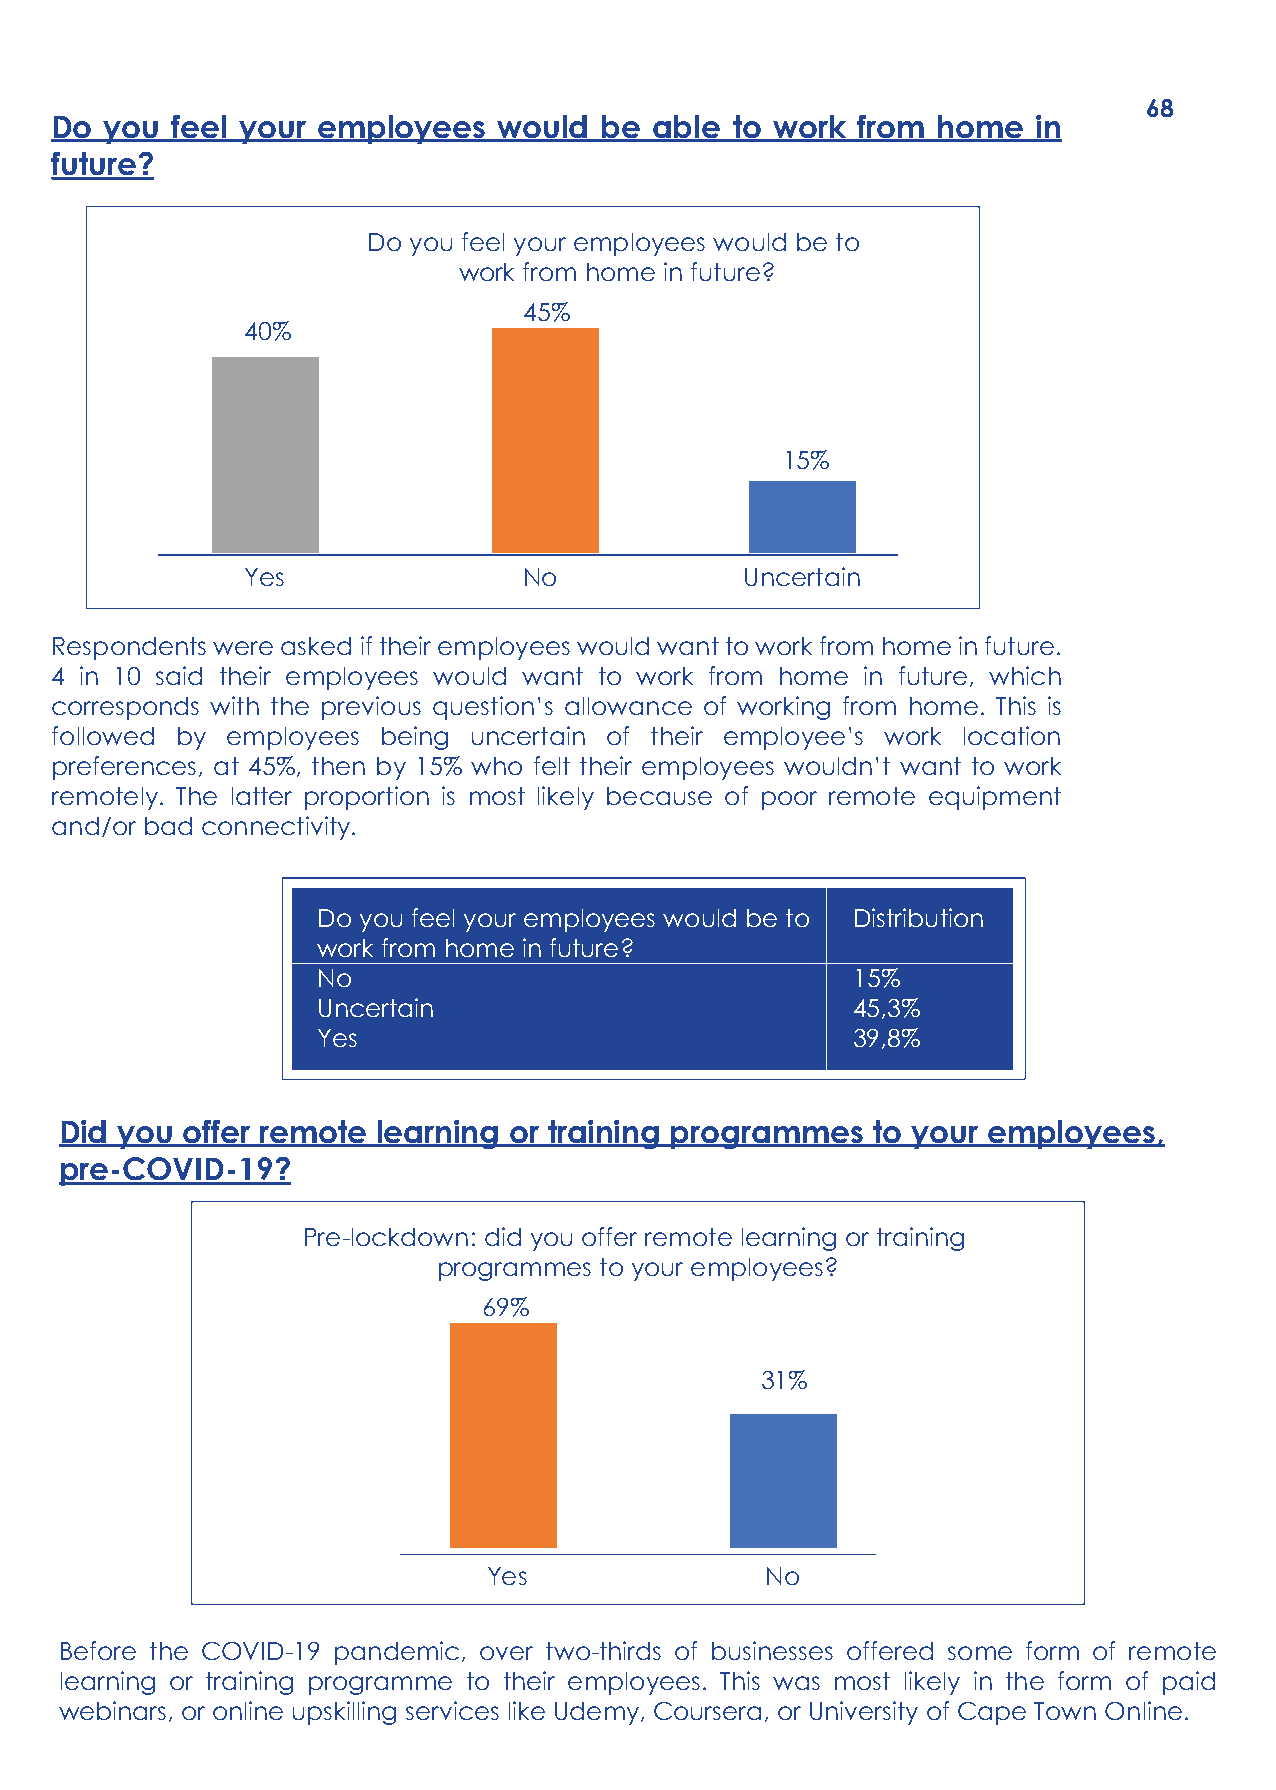
68
 Do  you feel your employees   would  be able to work  from home   in
 future?
 Do you feel your employees would be to
 work from home in future?
 45%
 40%
 15%
 Yes                No            Uncertain
 Respondents were asked if their employees would want to work from home in future.
 4 in 10 said their employees would want to work from home in future, which
 corresponds with the previous question’s allowance of working from home. This is
 followed by employees being uncertain of their employee’s work location
 preferences, at 45%, then by 15% who felt their employees wouldn’t want to work
 remotely. The latter proportion is most likely because of poor remote equipment
 and/or bad connectivity.
 Do you feel your employees would be to Distribution
 work from home in future?
 No                                 15%
 Uncertain                          45,3%
 Yes                                39,8%
 Did you offer remote learning or training programmes  to your employees,
 pre-COVID-19?
 Pre-lockdown: did you offer remote learning or training
 programmes to your employees?
 69%
 31%
 Yes                No
 Before the COVID-19 pandemic, over two-thirds of businesses offered some form of remote
 learning or training programme to their employees. This was most likely in the form of paid
 webinars, or online upskilling services like Udemy, Coursera, or University of Cape Town Online.